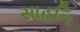
સાહનિ